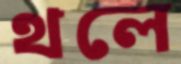
থলে